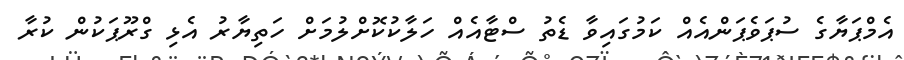
އެމްޕަޔާގެ ސުޕަވެޕަންއެއް ކަމުގައިވާ ޑެތު ސްޓާއެއް ހަލާކުކޮށްލުމަށް ހަތިޔާރު އެޅި ގްރޫޕަކުން ކުރާ